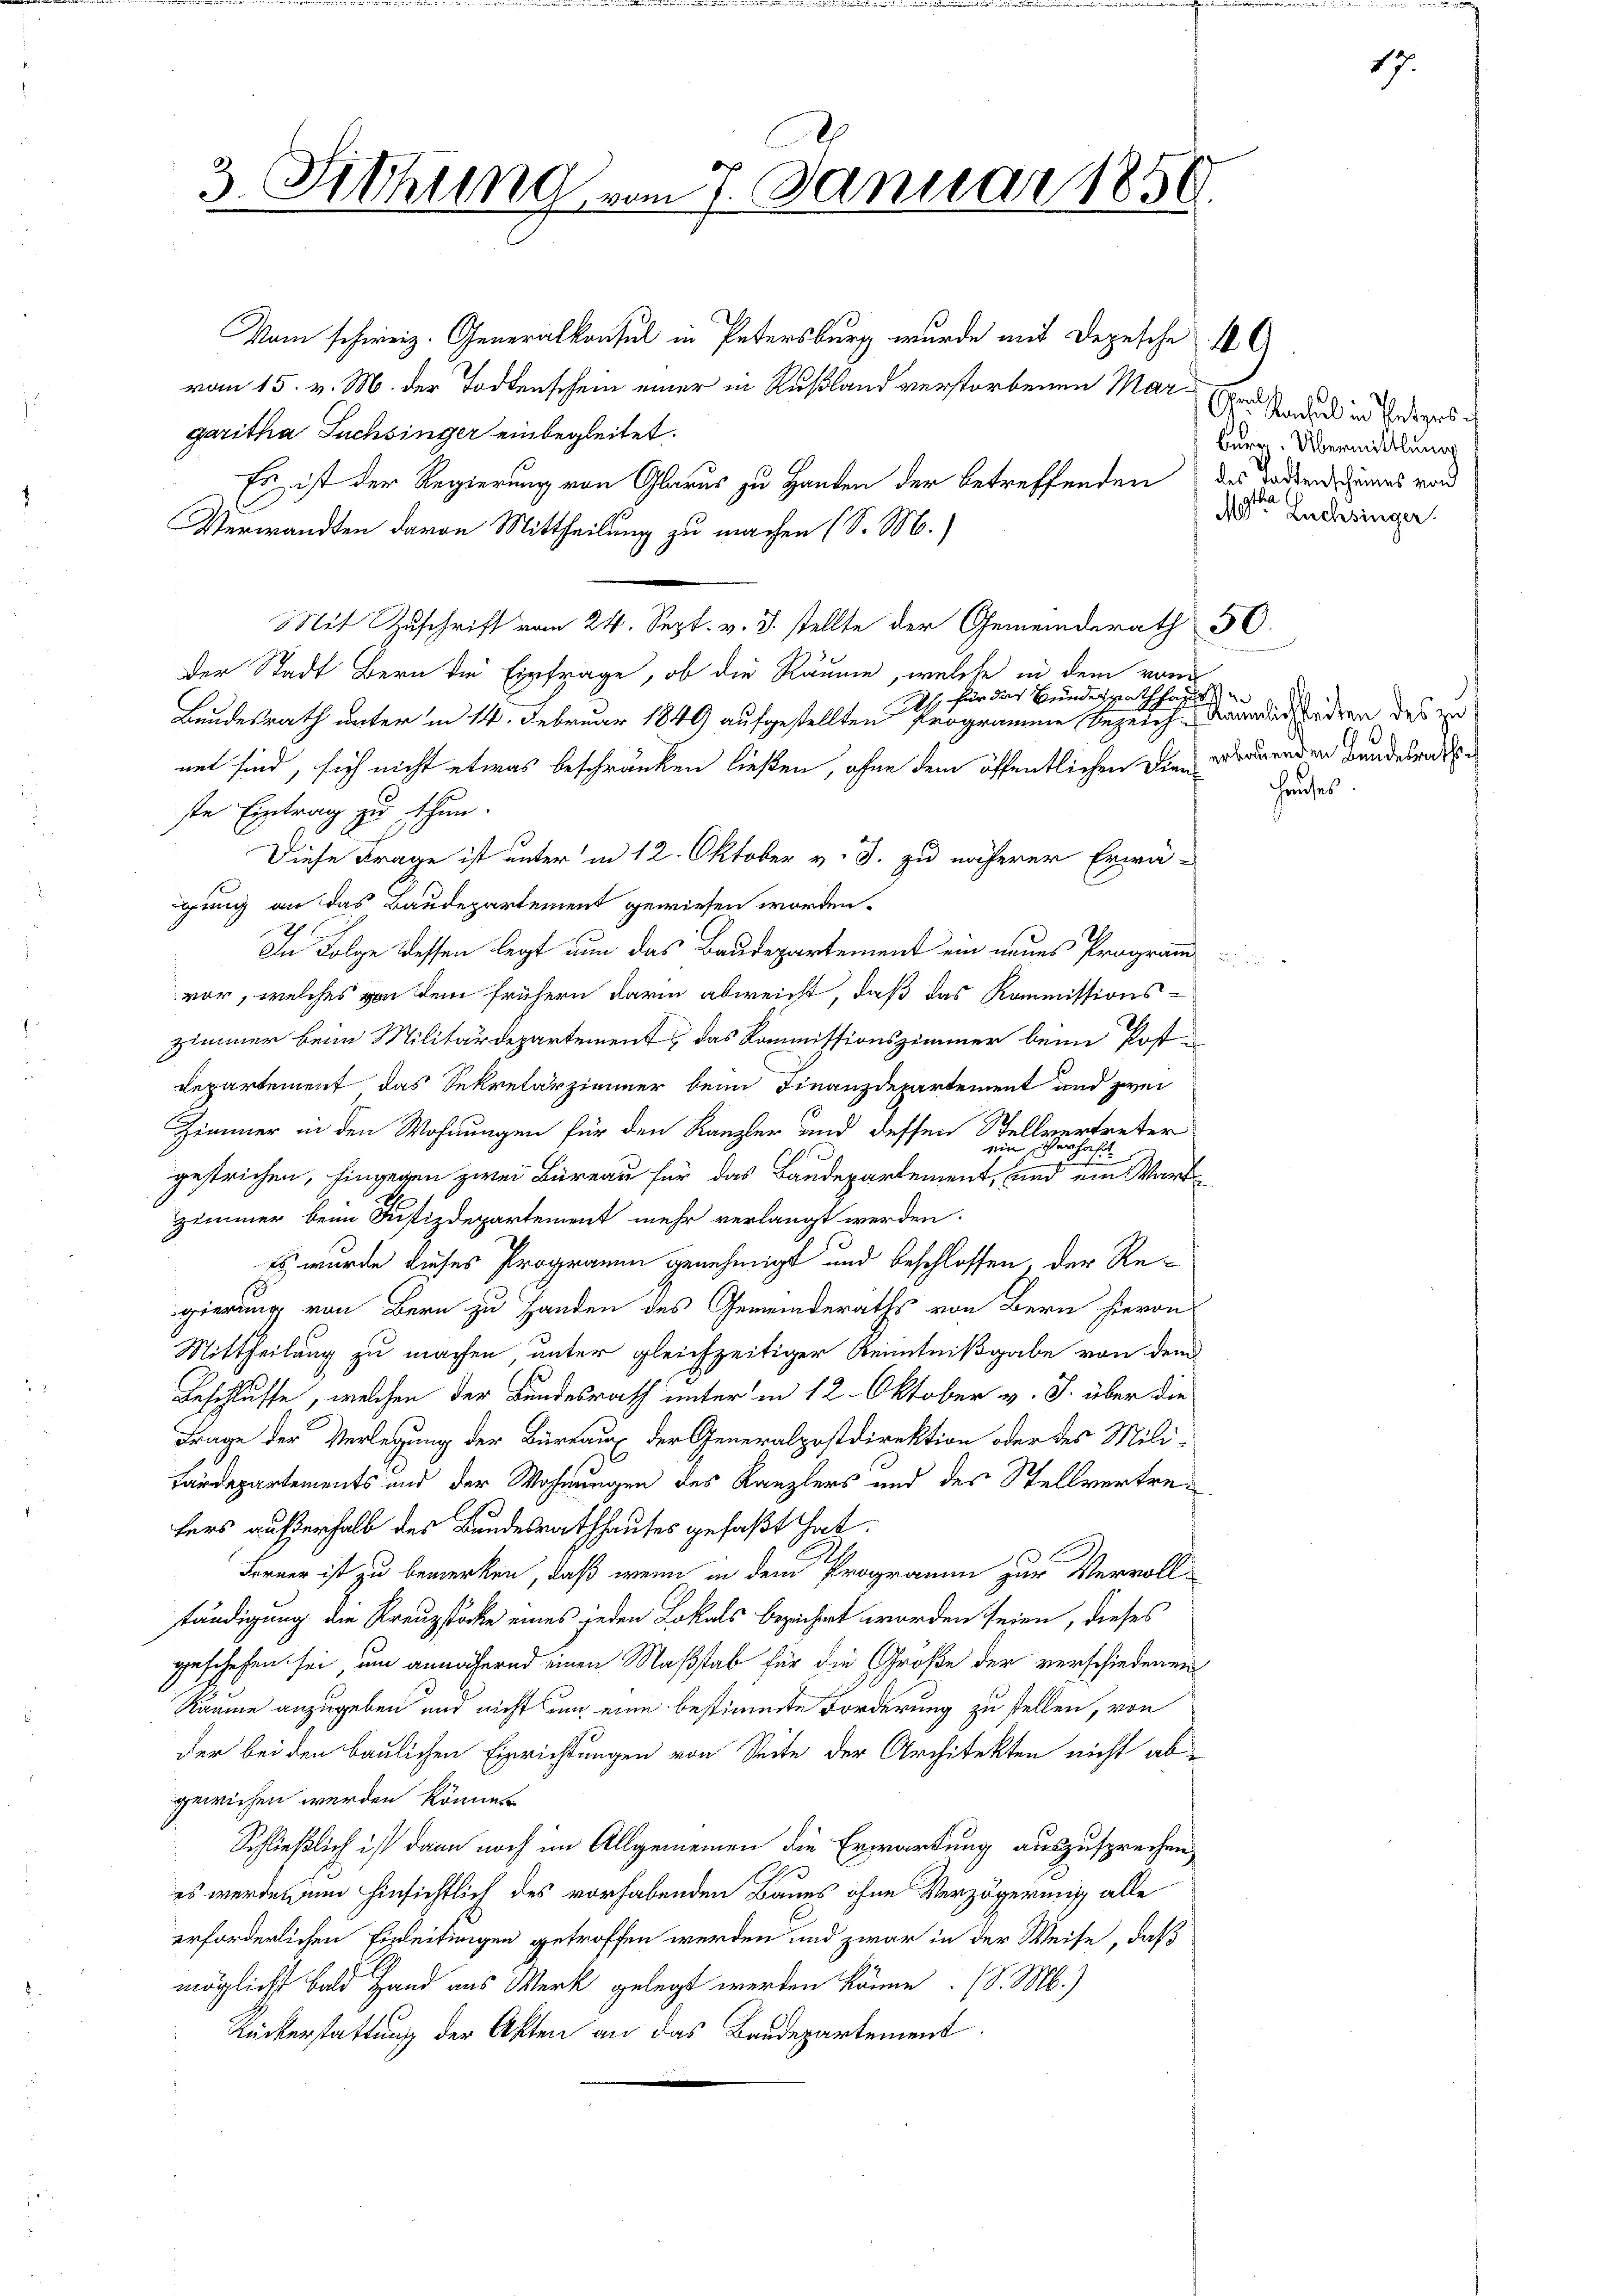
3. Sitzung vom 7. Januar 1850.

Vom schweiz. Generalkonsul in Petersburg wurde mit Depesche
vom 15. v. M. der Todtenschein einer in Rußland verstorbenen Margaritha Fuchsinger einbegleitet.
Es ist der Regierung von Glarus zu Handen der betreffenden des Todtensirens wird
Verwandten davon Mittheilung zu machen (S. M.
Mit Zuschrift vom 24. Sept. v. J. stellte der Gemeinderath 50.
Der Stadt Bern die Einfrage, ob die Räume, welche in dem von
As für das Bundes Rathhaus
Bundesrath unter in 14. Februar 1849 aufgestellten Programme bezeich-Namen odern des zu
net sind, sich nicht etwas beschränken ließen, ohne dem öffentlichen dien warenden Bundesrat
ste Eintrag zu thun.
Diese Frage ist unter in 12. Oktober v. J. zu näherer Erwä-
gung an das Baudepartement gewiesen worden.
In Folge dessen legt nun das Baudepartement ein neues Program
vor, welches von dem frühern darin abweicht, daß das Kommissions-
zimmer beim Militärdepartement, das Kommissionszimmer beim Post¬
Departement das Sekretärzimmer beim Finanzdepartement und zwei
Zimmer in den Wohnungen für den Kanzler und dessen Stellvertreter
gestrichen, hingegen zwei Bureau für das Baudepartement es seinen der ein Mart
Zimmer beim Justizdepartement mehr verlangt werden.
Es wurde dieses Programm genehmigt und beschlossen, der Regierung von Bern zu Handen des Gemeinderaths von Bern hievon
Mittheilung zu machen, unter gleichzeitiger Kenntnißgabe von dem
Beschlusse, welchen der Bundesrath unter in 12. Oktober v. J. über die
Frage der Verlegung der Büreaux der Generalpostdirektion oder des Mili-
Tärdepartements und der Wohnungen des Kanzlers und des Stellvertrefers außerhalb des Bundesrathhauses gefaßt hat.
Ferner ist zu bemerken, daß wenn in dem Programm zur Vervoll-
ständigung die Kreuzstöcke eines jeden Lokals beziehet worden seien, dieses
geschehen sei, um annähernd einen Maßstab für die Große der verschiedenen
Räume anzugeben und nicht um eine bestimmte Forderung zu stellen, von
der bei den baulichen Einrichtungen von Seite der Architekten nicht ab-
gewiesen werden können.
Schließlich ist dann noch im Allgemeinen die Erwartung auszusprechen,
es werde, um hinsichtlich des vorhabenden Baues ohne Verzögerung alle
erforderlichen Einleitungen getroffen werden und zwar in der Weise, daß
möglicht bald Hand aus Werk gelegt werden könne. (S. M.)
Rückerstattung der Akten an das Baudepartement.

Chen Kanal in Peters
burg. Übermittlung
gthal
Mr Lüchsinger.

17.

hauses.